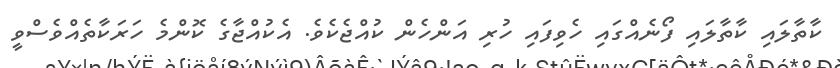
ކާތާލައި ކާތާލައި ފޯނެއްގައި ހެވިފައި ހުރި އަންހެން ކުއްޖެކެވެ. އެކުއްޖާގެ ކޮންމެ ހަރަކާތެއްވެސްވީ